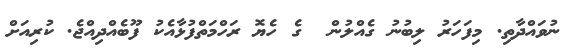
ނުވައްދާތި. މިފަހަރު ލިބުނު ގެއްލުން  ގެ ހެޔޮ ރަހްމަތްފުޅާއެކު ފޫބެއްދިއްޖެ. ކުރިއަށް